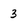
Character: 3